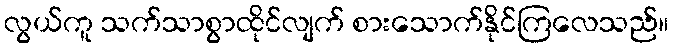
လွယ်ကူ သက်သာစွာထိုင်လျက် စားသောက်နိုင်ကြလေသည်။